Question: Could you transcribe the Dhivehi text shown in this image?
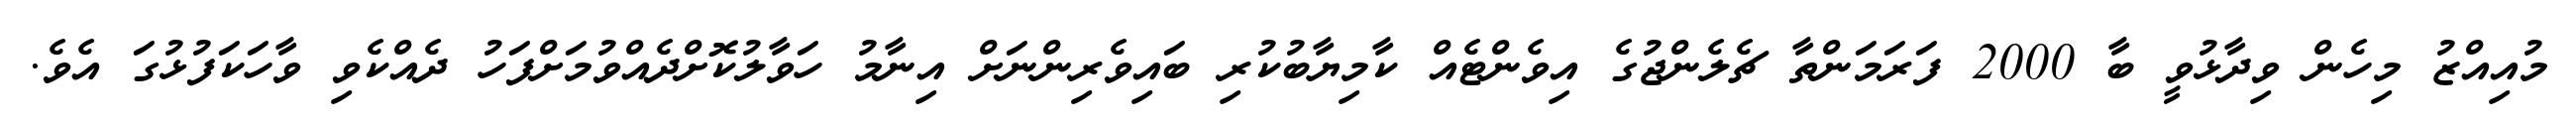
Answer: މުއިއްޒު މިހެން ވިދާޅުވީ ބާ 2000 ފަރަމަންތާ ޗެލެންޖުގެ އިވެންޓެއް ކާމިޔާބުކުރި ބައިވެރިންނަށް އިނާމު ހަވާލުކޮށްދެއްވުމަށްފަހު ދެއްކެވި ވާހަކަފުޅުގަ އެވެ.